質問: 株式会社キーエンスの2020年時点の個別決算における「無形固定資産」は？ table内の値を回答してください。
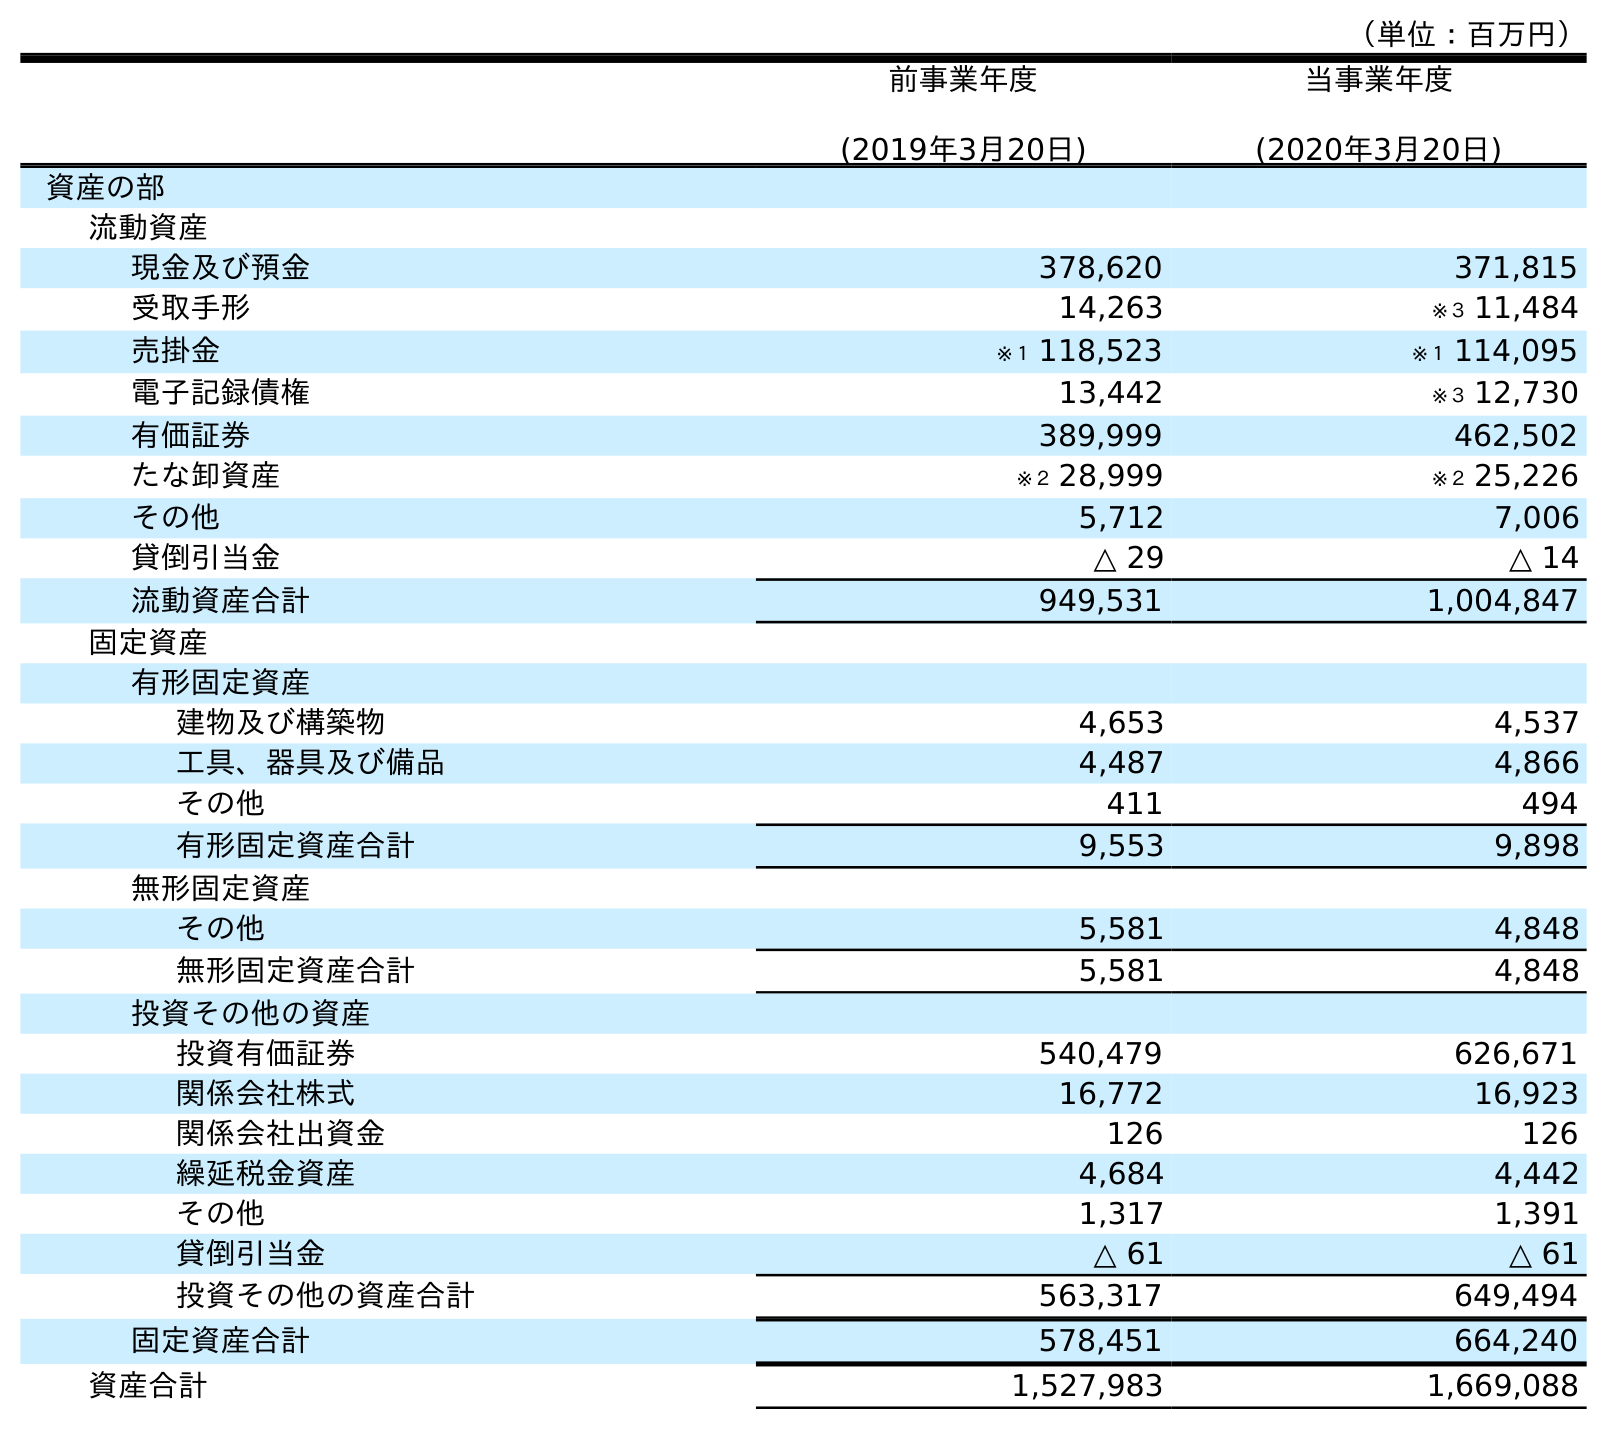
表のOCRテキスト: （単位：百万円） 前事業年度 (2019年3月20日) 当事業年度 (2020年3月20日) 資産の部 流動資産 現金及び預金 378,620 371,815 受取手形 14,263 ※３ 11,484 売掛金 ※１ 118,523 ※１ 114,095 電子記録債権 13,442 ※３ 12,730 有価証券 389,999 462,502 たな卸資産 ※２ 28,999 ※２ 25,226 その他 5,712 7,006 貸倒引当金 △ 29 △ 14 流動資産合計 949,531 1,004,847 固定資産 有形固定資産 建物及び構築物 4,653 4,537 工具、器具及び備品 4,487 4,866 その他 411 494 有形固定資産合計 9,553 9,898 無形固定資産 その他 5,581 4,848 無形固定資産合計 5,581 4,848 投資その他の資産 投資有価証券 540,479 626,671 関係会社株式 16,772 16,923 関係会社出資金 126 126 繰延税金資産 4,684 4,442 その他 1,317 1,391 貸倒引当金 △ 61 △ 61 投資その他の資産合計 563,317 649,494 固定資産合計 578,451 664,240 資産合計 1,527,983 1,669,088
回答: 4,848